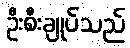
ဦးစီးချုပ်သည်